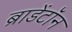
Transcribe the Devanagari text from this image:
ब्राडेंटॉन